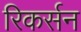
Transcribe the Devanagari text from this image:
रिकर्सन